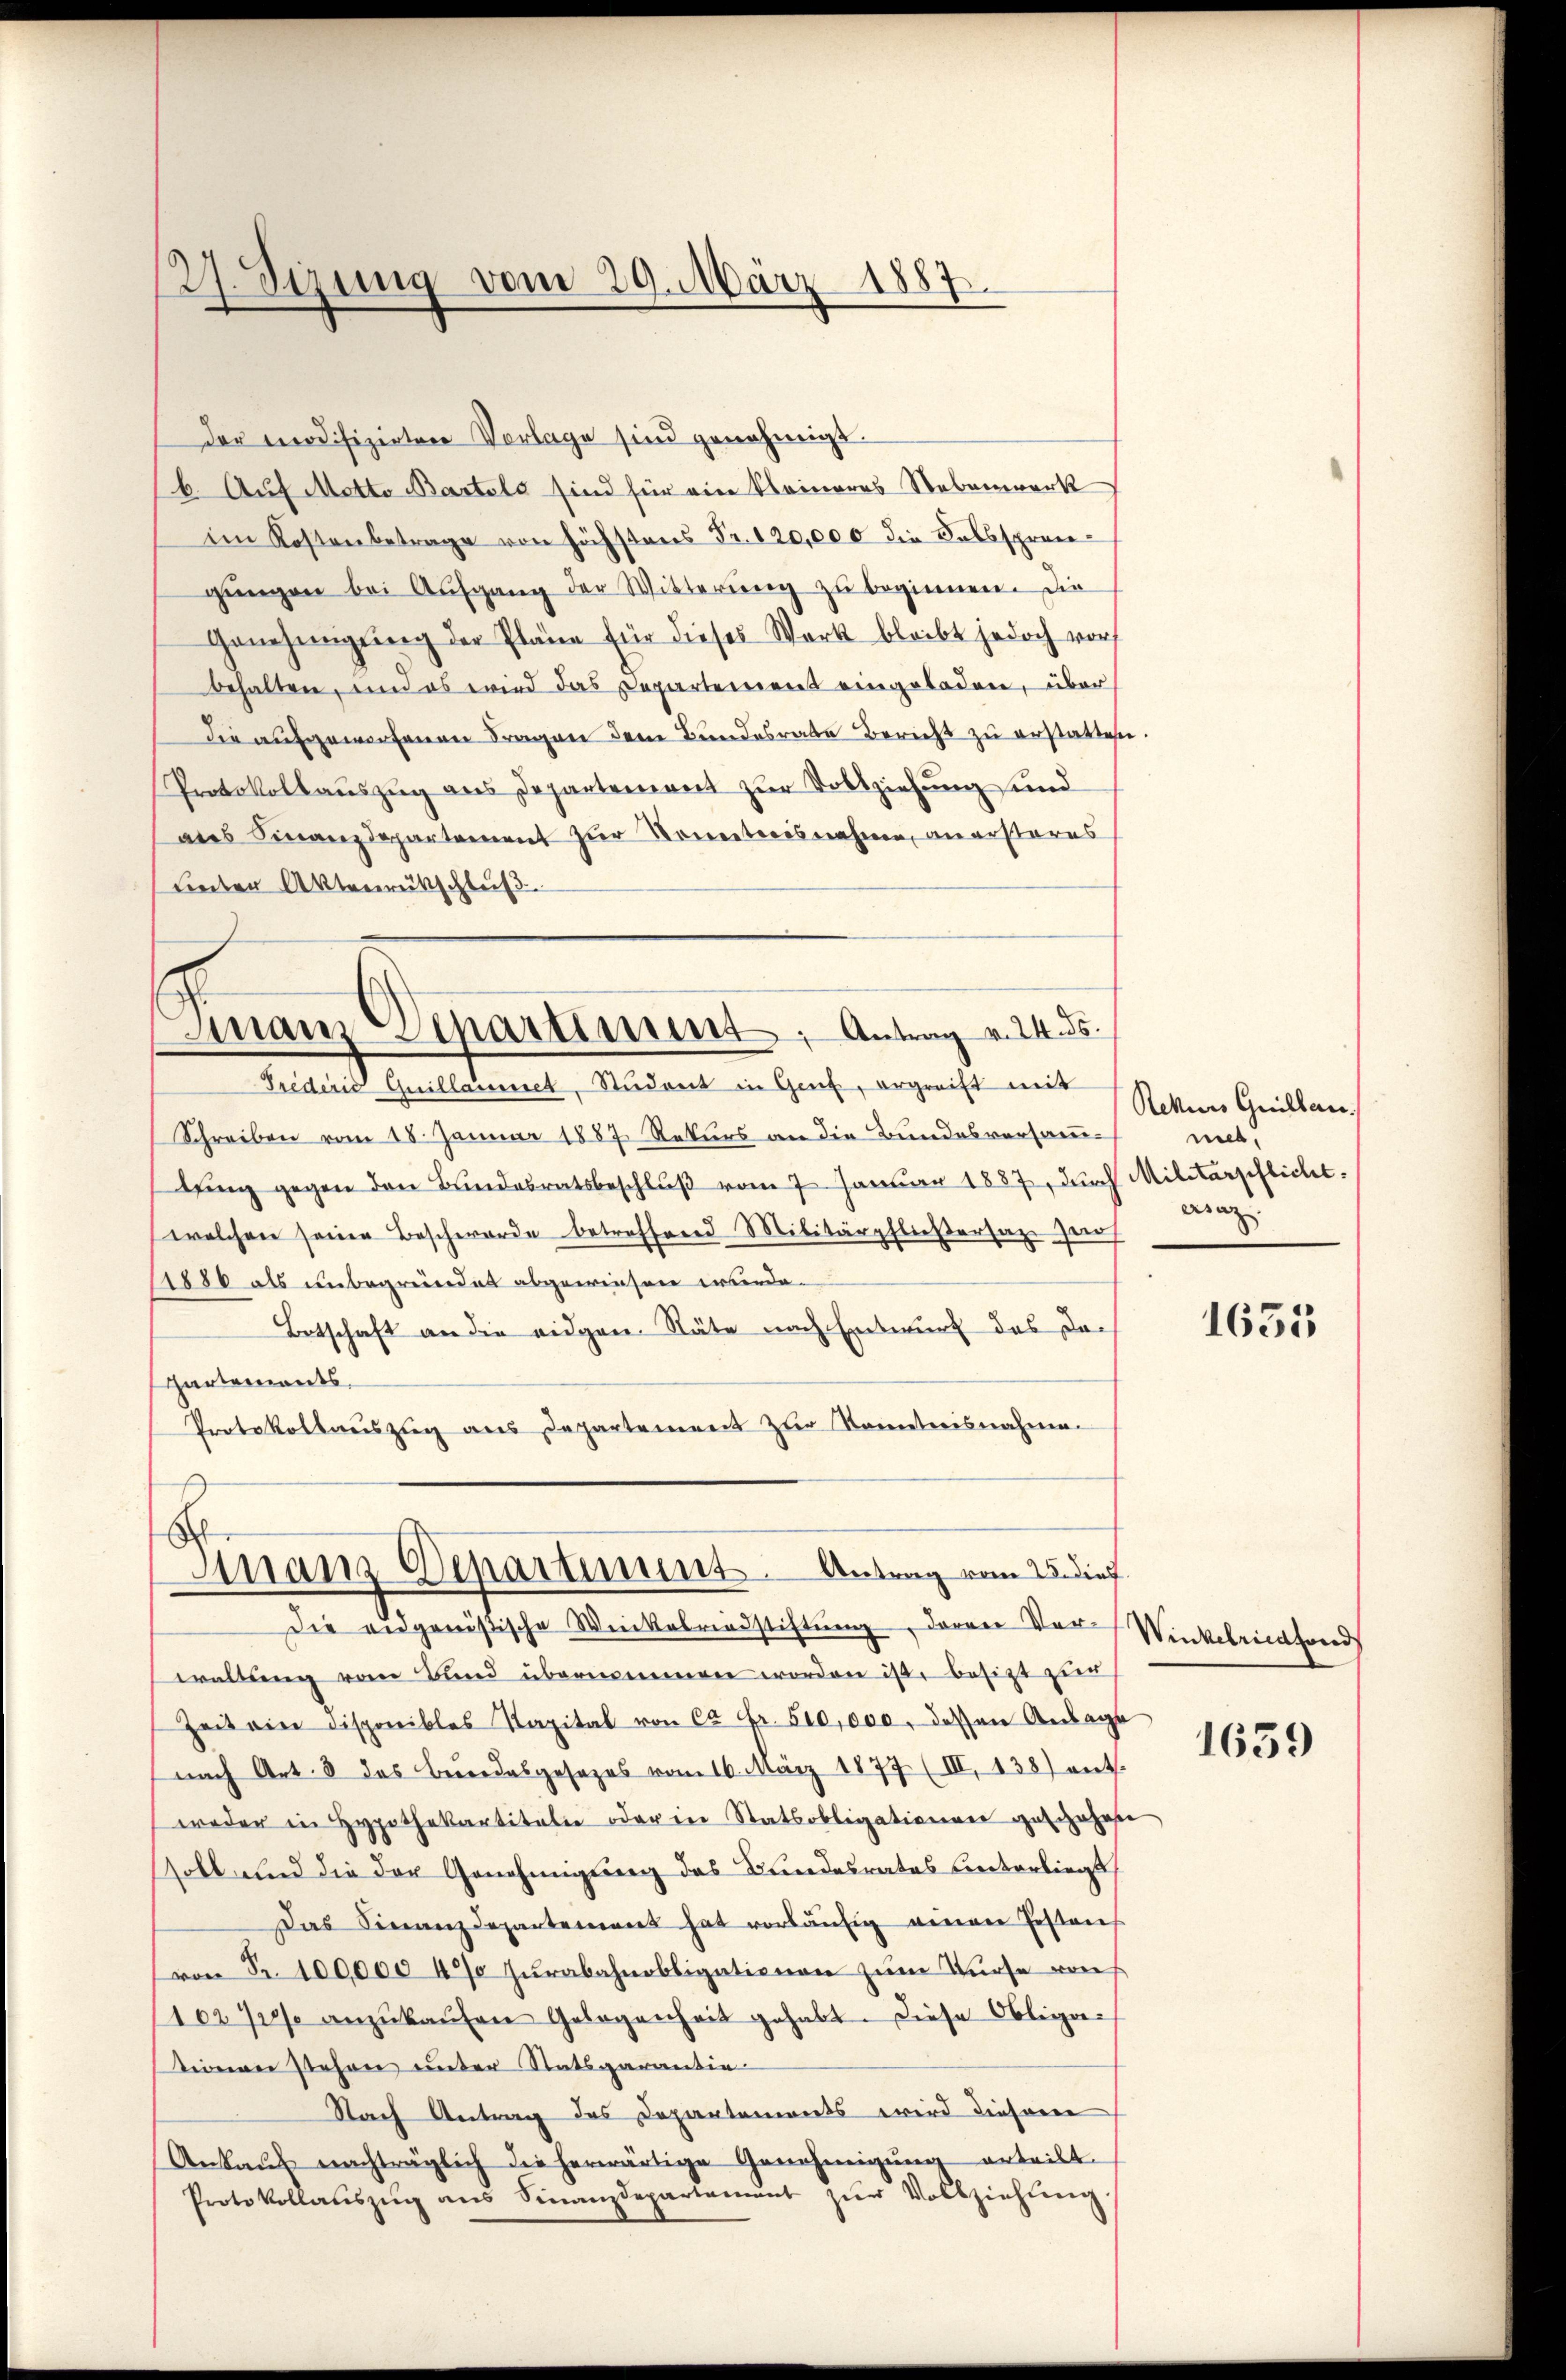
27. Sizung vom 29. März 1887.

der modifizirten Vorlage sind genehmigt.
b. Auf Motto Bartels sind für ein kleineres Nebenwerk
im Kostenbetrage von höchstens Fr. 120,000 die Selbsprengŭngen bei Aufgang der Witterŭng zu beginnen. Die
Genehmigŭng der Pläne für dieses Werk bleibt jedoch vor
behalten, und es wird das Departement eingeladen, über
die aufgeworfenen Fragen dem Bundesrate Bericht zu erstatten.
Protokollauszug aus Departement zur Vollziehung und
ans Finanzdepartement zur Kontroisnahme, an ersteres
bieten Aktenrütschluß

an Venartiment; Antrag v. 24. ds.

Trederić Quillaumet, Student in Genf, ergreift mit
Schreiben vom 18. Januar 1887 Rekurs an die Bundesversammtŭng gegen den Bundesratsbeschlŭβ vom 7. Januar 1887, dŭrch Militärpflicht.
welchen seine Beschwerde betreffend Militärpfließersage zu
1886 als unbegründet abgewiesen wurde.
Betschaft an die eidgen. Stäte nach Entwurf des Da¬
Gartements.
Protokollauszug aus Departement zur Kometrisnahme.

B
Manz Departimmt. Antrag vom 25. dief

Die eidgenößische Winkelriedstiftŭng, daran vor Winkelriedfond
waltung vom Bund übernommen worden ist, besitzt zur
Zeit ein Disponibles Kapital von ca Fr. 510,000. dessen Anlage
nach Art. 8 das Bundesgesezes vom 16. März 1877 (III 138) ent
weder in Hypothekartitalie oder in Statsobligationen geschehene
soll und die der Genehmigung des Bundesrates unterliegt
Das Finanzdepartement hat vorläŭfig einger Gestan
von Fr. 100,000 40 Jurabahnobligationen zum Kurse von
10270% anzŭkaŭfen Gelegenheit gehabt. Diese Obliga-
inne stehen unter Statsgarantin
Nach Antrag des Departements wird dieserer
Ankaŭf nachträglich die herwärtige Genehmigŭng erteilt.
Protokollatszŭg ans Finanzdepartament zŭr Vollziehung.

Rekurs Grillen.
net.
wing.

1635

1659